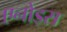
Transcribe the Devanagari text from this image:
एनोड्स